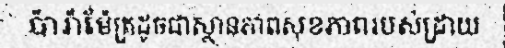
ប៉ារ៉ាម៉ែត្រដូចជាស្ថានភាពសុខភាពរបស់ដ្រាយ